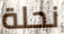
نحلة